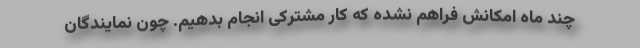
چند ماه امکانش فراهم نشده که کار مشترکی انجام بدهیم. چون نمایندگان